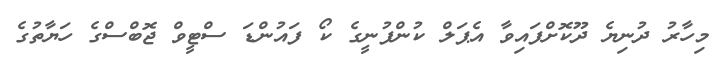
މިހާރު ދުނިޔެ ދޫކޮށްފައިވާ އެޕަލް ކުންފުނީގެ ކޯ ފައުންޑަ ސްޓީވް ޖޮބްސްގެ ހަޔާތުގެ